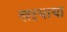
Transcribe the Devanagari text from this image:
खऱयाया